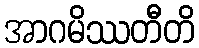
အာဂမိဿတီတိ